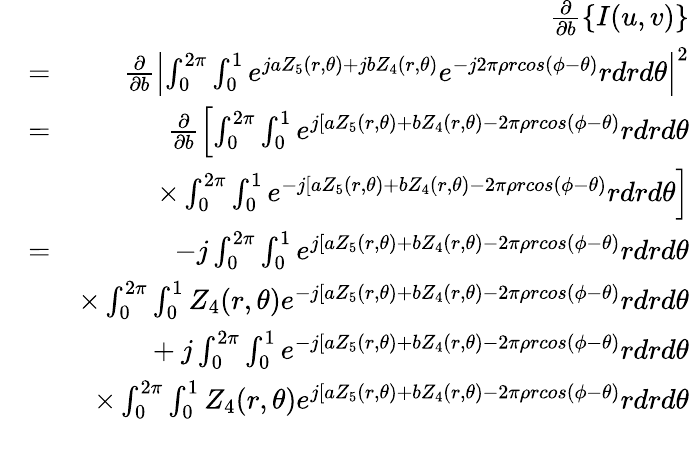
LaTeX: \begin{array}{rlr}&{}&{\frac{\partial}{\partial b}\left\{ I(u,v)\right\} }\\ &{=}&{\frac{\partial}{\partial b}\left|\int_{0}^{2\pi}\int_{0}^{1}e^{jaZ_{5}(r,\theta)+jbZ_{4}(r,\theta)}e^{-j2\pi\rho rcos(\phi-\theta)}rdrd\theta\right|^{2}}\\ &{=}&{\frac{\partial}{\partial b}\left[\int_{0}^{2\pi}\int_{0}^{1}e^{j[aZ_{5}(r,\theta)+bZ_{4}(r,\theta)-2\pi\rho rcos(\phi-\theta)}rdrd\theta\right.}\\ &{}&{\times\left.\int_{0}^{2\pi}\int_{0}^{1}e^{-j[aZ_{5}(r,\theta)+bZ_{4}(r,\theta)-2\pi\rho rcos(\phi-\theta)}rdrd\theta\right]}\\ &{=}&{-j\int_{0}^{2\pi}\int_{0}^{1}e^{j[aZ_{5}(r,\theta)+bZ_{4}(r,\theta)-2\pi\rho rcos(\phi-\theta)}rdrd\theta}\\ &{}&{\times\int_{0}^{2\pi}\int_{0}^{1}Z_{4}(r,\theta)e^{-j[aZ_{5}(r,\theta)+bZ_{4}(r,\theta)-2\pi\rho rcos(\phi-\theta)}rdrd\theta}\\ &{}&{+\: j\int_{0}^{2\pi}\int_{0}^{1}e^{-j[aZ_{5}(r,\theta)+bZ_{4}(r,\theta)-2\pi\rho rcos(\phi-\theta)}rdrd\theta}\\ &{}&{\times\int_{0}^{2\pi}\int_{0}^{1}Z_{4}(r,\theta)e^{j[aZ_{5}(r,\theta)+bZ_{4}(r,\theta)-2\pi\rho rcos(\phi-\theta)}rdrd\theta}\\ &{}&\end{array}